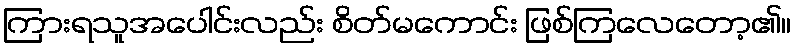
ကြားရသူအပေါင်းလည်း စိတ်မကောင်း ဖြစ်ကြလေတော့၏။